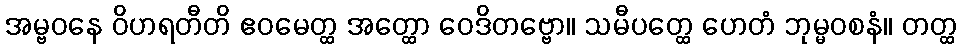
အမ္ဗဝနေ ဝိဟရတီတိ ဧဝမေတ္ထ အတ္ထော ဝေဒိတဗ္ဗော။ သမီပတ္ထေ ဟေတံ ဘုမ္မဝစနံ။ တတ္ထ